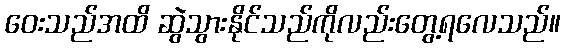
ဝေးသည်အထိ ဆွဲသွားနိုင်သည်ကိုလည်းတွေ့ရလေသည်။